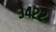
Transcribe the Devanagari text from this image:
३४२२